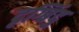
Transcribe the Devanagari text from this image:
दृग्बिंदु